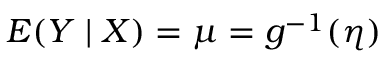
E ( Y \mid X ) = \mu = g ^ { - 1 } ( \eta )